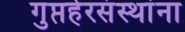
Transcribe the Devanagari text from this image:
गुप्तहेरसंस्थांना